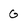
Character: G